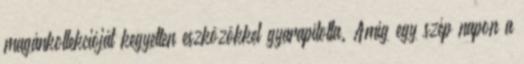
magánkollekcióját kegyetlen eszközökkel gyarapította. Amíg egy szép napon a